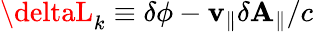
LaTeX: \deltaL_{k}\equiv\delta\phi-\mathbf{v}_{\parallel}\delta\mathbf{A}_{\parallel}/c